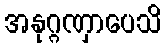
အနုဂ္ဂဏှာပေသိ